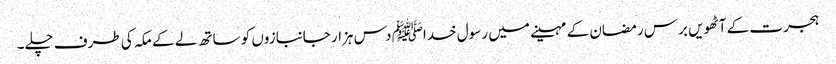
ہجرت کے آٹھویں برس رمضان کے مہینے میں رسول خداﷺ دس ہزار جانبازوں کو ساتھ لے کے مکہ کی طرف چلے۔